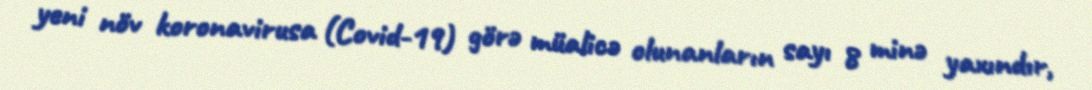
yeni növ koronavirusa (Covid-19) görə müalicə olunanların sayı 8 minə yaxındır,